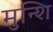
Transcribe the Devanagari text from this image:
मुन्शि